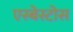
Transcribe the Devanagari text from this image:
एस्बेस्टोस